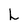
Character: L